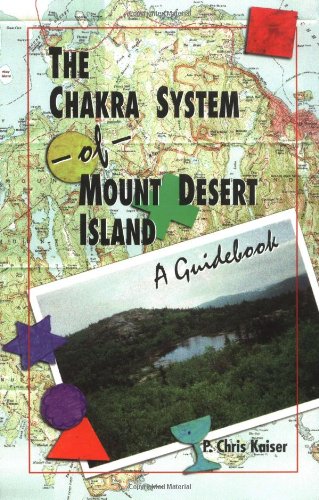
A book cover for The Chakra System of Mount Desert Island; P. Kaiser; Travel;